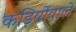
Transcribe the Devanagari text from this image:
कड़ियोंवाले